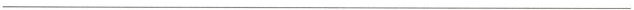
___